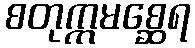
စတုက္ကမစ္ဆေရ